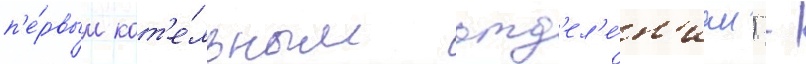
п'е́рвым кот'е́льным отд'ел'е́н'ием) -